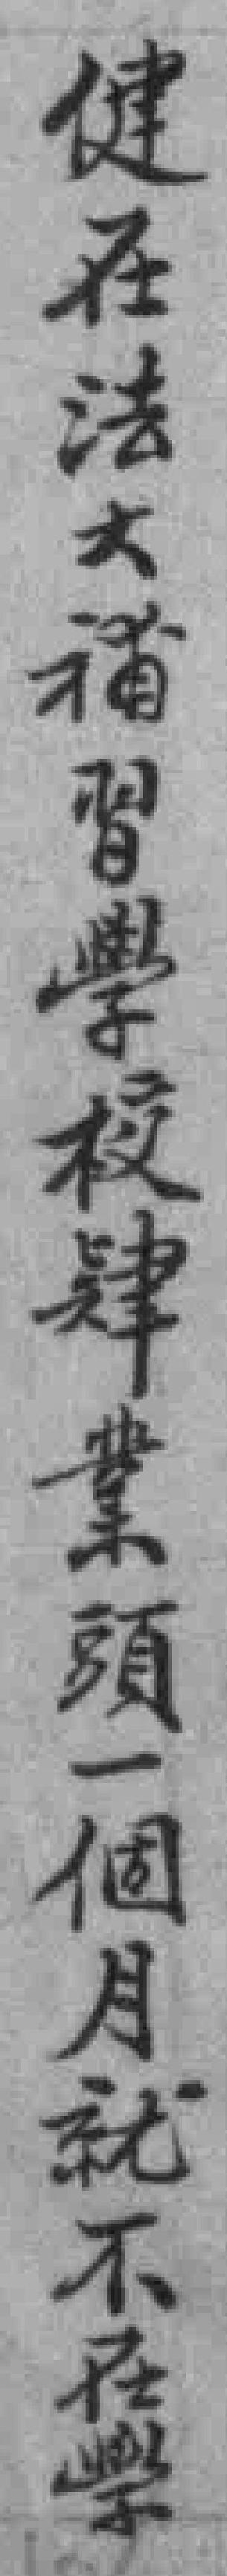
健在法大補習學校肆業頭一個月就不在學